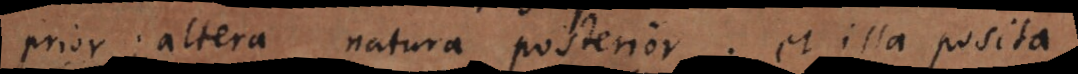
prior; altera natura posterior; et illa posita